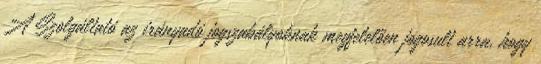
A Szolgáltató az irányadó jogszabályoknak megfelelően jogosult arra, hogy